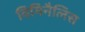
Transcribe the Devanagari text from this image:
विमिनैलिस